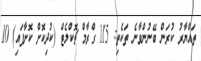
ތައްޔާރު ކުރަން ބޭނުންވާނެ ތަކެތި: 115 ގްރާމް ޗޮކްލެޓް (ކުދިކޮށް ކޮށާފައި) 10